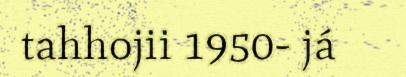
tahhojii 1950- já